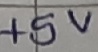
Text: +5V